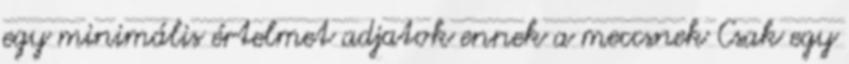
egy minimális értelmet adjatok ennek a meccsnek Csak egy